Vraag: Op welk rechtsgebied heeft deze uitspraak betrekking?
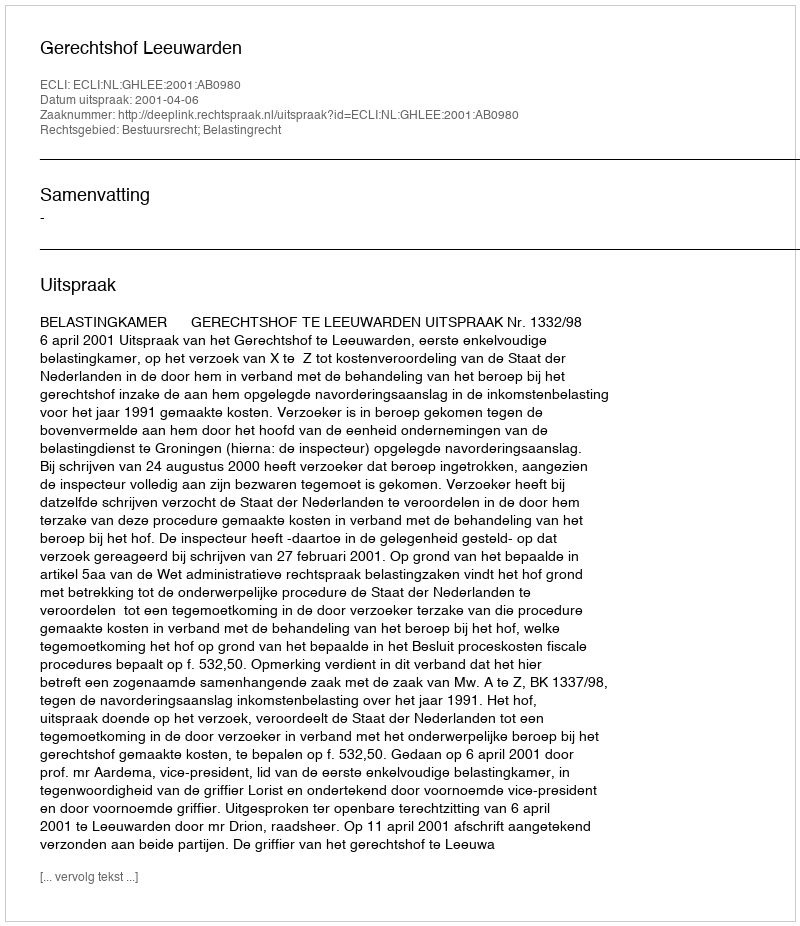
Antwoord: Bestuursrecht; Belastingrecht